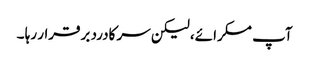
آپ مسکرائے، لیکن سر کادرد برقرار رہا ۔